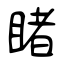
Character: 睹